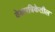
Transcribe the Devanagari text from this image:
वेळपत्रिकेतील